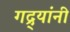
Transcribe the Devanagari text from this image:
गद्र्‍यांनी